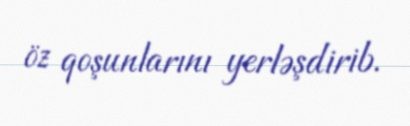
öz qoşunlarını yerləşdirib.